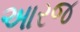
આરજ